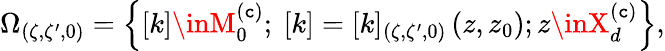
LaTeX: \Omega_{(\zeta,\zeta^{\prime},0)}=\left\{ [k]\inM_{0}^{\left(\mathtt{c}\right)};\ [k]=[k]_{(\zeta,\zeta^{\prime},0)}\left(z,z_{0}\right);z\inX_{d}^{\left(\mathtt{c}\right)}\right\} ,